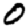
Digit: 0